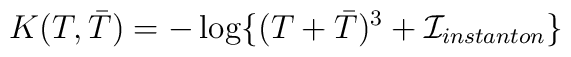
K(T, {\bar T})=  -\log\{( T+ {\bar T})^3 + {\cal I}_{instanton} \}